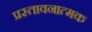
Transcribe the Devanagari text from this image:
प्रस्तावनात्मक